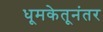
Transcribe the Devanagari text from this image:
धूमकेतूनंतर